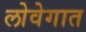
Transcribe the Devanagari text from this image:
लोवेगात